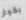
بخير